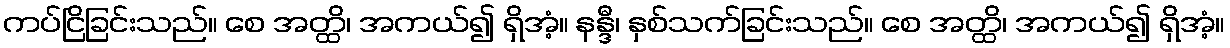
ကပ်ငြိခြင်းသည်။ စေ အတ္ထိ၊ အကယ်၍ ရှိအံ့။ နန္ဒီ၊ နှစ်သက်ခြင်းသည်။ စေ အတ္ထိ၊ အကယ်၍ ရှိအံ့။